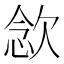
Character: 𣣈